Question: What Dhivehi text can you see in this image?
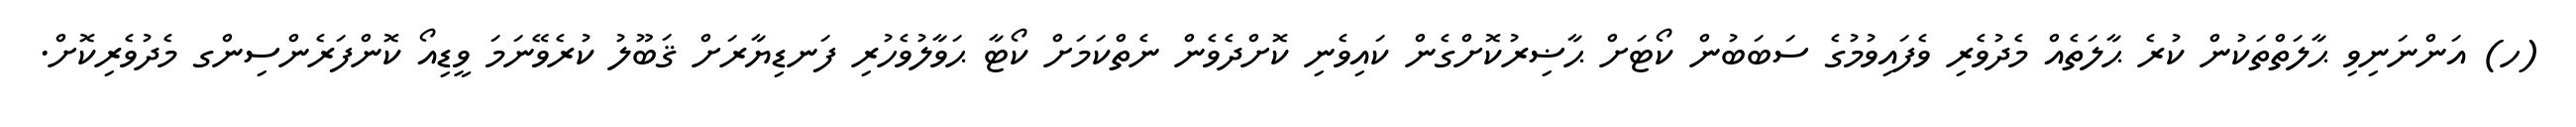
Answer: (ހ) އަންނަނިވި ޙާލަތްތަކުން ކުރެ ޙާލަތެއް މެދުވެރި ވެފައިވުމުގެ ސަބަބުން ކޯޓަށް ޙާޟިރުކޮށްގެން ކައިވެނި ކޮށްދެވެން ނެތްކަމަށް ކޯޓާ ޙަވާލުވެހުރި ފަނޑިޔާރަށް ޤަބޫލު ކުރެވޭނަމަ ވީޑިއޯ ކޮންފަރެންސިންގ މެދުވެރިކޮށް.